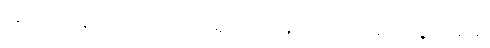
အရေအတွက်မှာ အထင်အရှားအားဖြင့် (၆၃)ကျမ်း, အရွယ်မျိုးစုံ